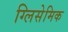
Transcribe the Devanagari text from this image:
ग्लिसेमिक